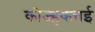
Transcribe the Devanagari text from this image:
कोज्हकत्तई